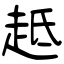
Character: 趆